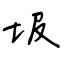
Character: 圾